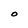
Character: O